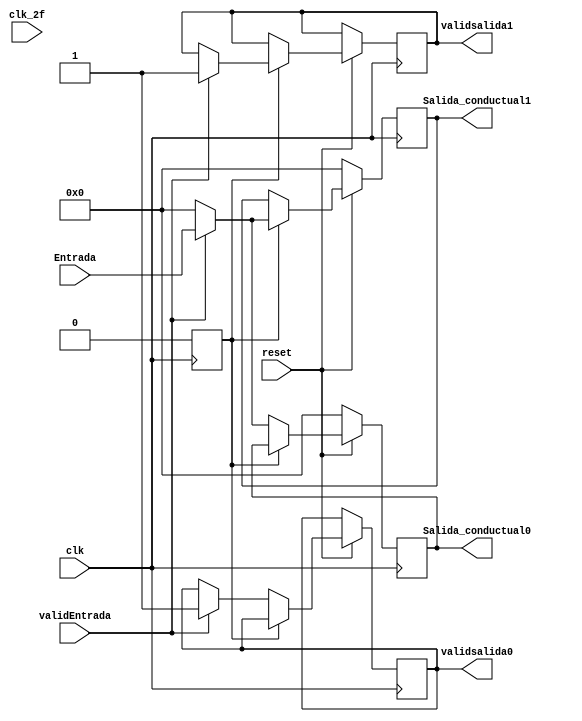
module demux1x2 (output reg [7:0] Salida_conductual0,
            output reg [7:0] Salida_conductual1,
            output reg validsalida0,
            output reg validsalida1,
            
	        input [7:0] Entrada,
            input validEntrada,
            input clk,
            input clk_2f,
            input reset);
            
reg selector;        
        always@(posedge clk) begin
           
        selector<=0;
                if (reset==1)begin //Si el reset es 1 el flop puede tomar el valor de alguna de las dos entradas
                    
                    case(selector)
                        0:  begin
                            
                          if (validEntrada==1)begin
                              
                             Salida_conductual0<=Entrada; // Segun el valor del selector este dato ir a la salida del flop
                             validsalida0<=1;   
                          end

                                else begin
                                Salida_conductual0<=0;
                                end
                
                         #3selector <= 1;
                        end

                        1:   begin
                                if(validEntrada==1)begin 
                                 Salida_conductual1<=Entrada;
                                 validsalida1<=1;  
                                end
                            else begin
                            
                                Salida_conductual1<=0;
                                end
                            #3 selector<=0; //Cambia para tomar entrada 0
                        end
                    endcase
                end    
                else begin
                Salida_conductual0<=0; //Condicion dada en el enunciado, si el reset es cero el flop toma valor de 00
                Salida_conductual1<=0;
                selector<=0;

                end
            end
/*

always@(posedge clk_2f)begin
 selector <= 1;
        if (selector==1)begin
        selector<=0;
        end
        else begin
            selector<=1;
        end
end*/
endmodule